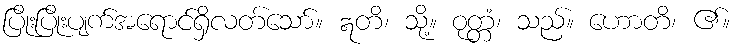
ပြိုးပြိုးပျက်အရောင်ရှိလတ်သော်။ ဣတိ၊ သို့။ ဝုတ္တံ၊ သည်။ ဟောတိ၊ ၏။